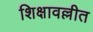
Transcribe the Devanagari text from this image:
शिक्षावल्लीत